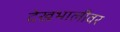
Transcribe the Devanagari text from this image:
देखभालीवर